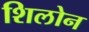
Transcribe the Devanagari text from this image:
शिलोन